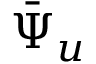
\Bar { \Psi } _ { u }